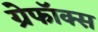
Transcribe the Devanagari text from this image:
ग्रेफॉक्स